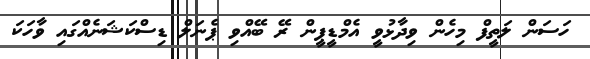
ހަސަން ލަތީފް މިހެން ވިދާޅުވީ އެމްޑީޕީން ރޭ ބޭއްވި ޕެނަލް ޑިސްކަޝަނެއްގައި ވާހަކަ